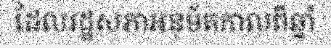
ដែលរដ្ឋសភាអនុម័តកាលពីឆ្នាំ